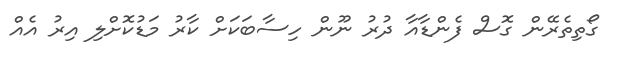
ގޯތިތެރޭން ގޮސް ފެންޑާއާ ދުރު ނޫން ހިސާބަކަށް ކާރު މަޑުކޮށްލި އިރު އެއް